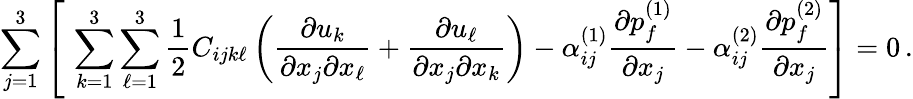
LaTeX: \sum_{j=1}^{3}\left[\, \, \sum_{k=1}^{3}\sum_{\ell=1}^{3}\frac{1}{2}C_{ijk\ell}\left(\frac{\partial u_{k}}{\partial{x_{j}}\partial{x_{\ell}}}+\frac{\partial u_{\ell}}{\partial{x_{j}}\partial{x_{k}}}\right)-\alpha_{ij}^{(1)}\frac{\partial{p_{f}^{(1)}}}{\partial{x_{j}}}-\alpha_{ij}^{(2)}\frac{\partial{p_{f}^{(2)}}}{\partial{x_{j}}}\right]=0\, .